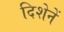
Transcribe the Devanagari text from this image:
दिशेनें